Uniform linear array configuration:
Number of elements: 8
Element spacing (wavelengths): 0.5
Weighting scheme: cosine
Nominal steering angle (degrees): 0
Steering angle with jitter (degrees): -1.75
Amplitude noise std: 0.05
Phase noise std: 0.05

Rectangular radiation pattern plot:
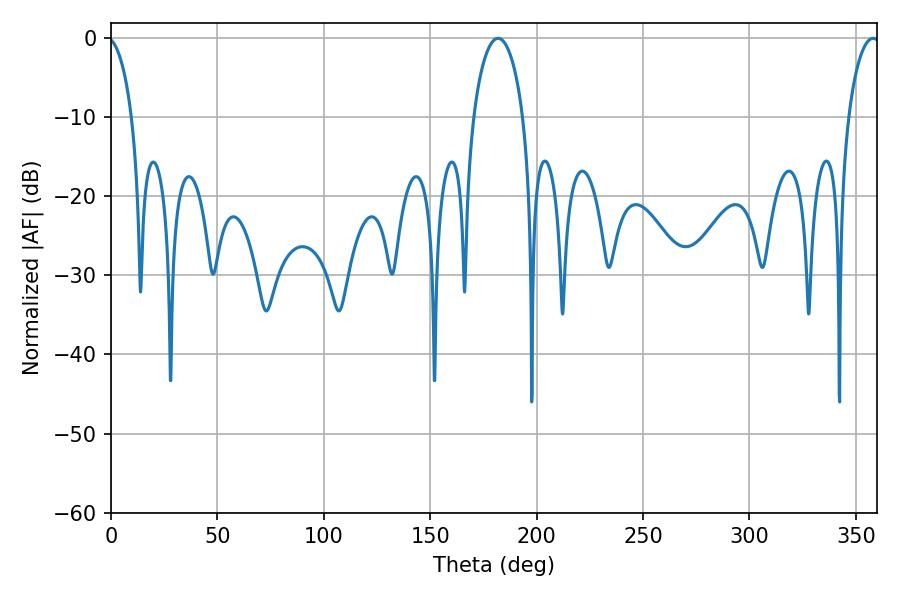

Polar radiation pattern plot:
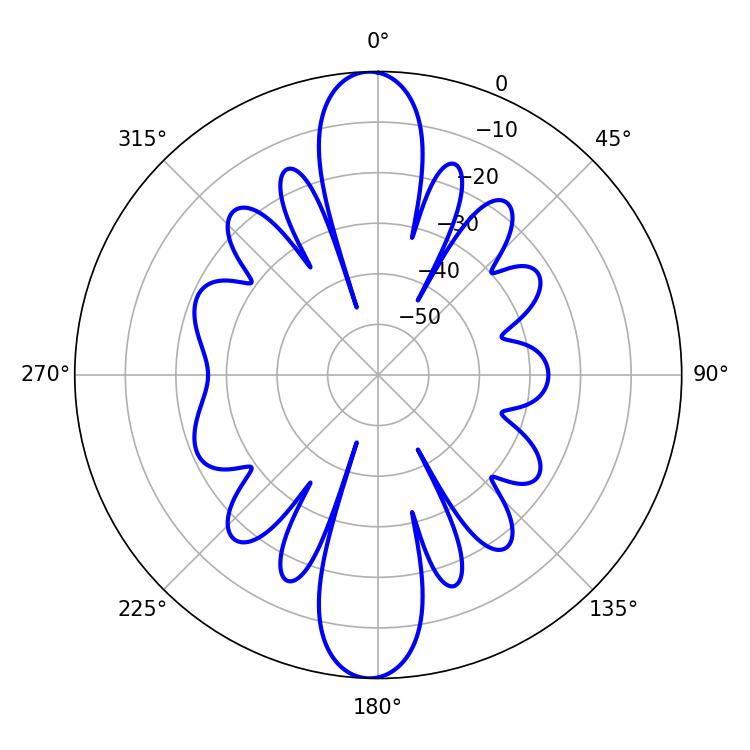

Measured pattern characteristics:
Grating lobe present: FALSE
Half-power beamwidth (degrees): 13.5
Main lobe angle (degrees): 181.8